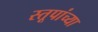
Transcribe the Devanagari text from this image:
स्तूपांच्या